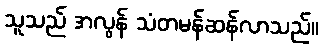
သူသည် အလွန် သံတမန်ဆန်လာသည်။